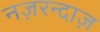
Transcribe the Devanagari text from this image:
नज़रन्दाज़